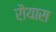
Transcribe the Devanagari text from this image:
रौयास